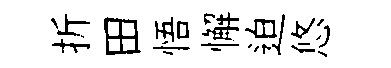
折田悟懈迫悠